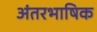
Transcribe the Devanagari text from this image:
अंतरभाषिक